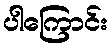
ပါကြောင်း